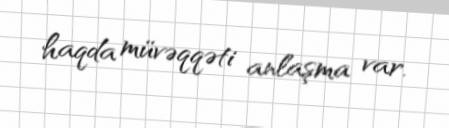
haqda müvəqqəti anlaşma var.